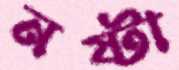
নষ্টা